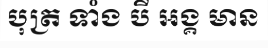
បុត្រ ទាំង បី អង្គ មាន